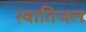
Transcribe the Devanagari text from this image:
स्वातिजल